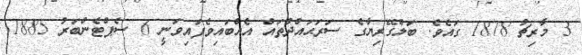
3 މާރިޗު 1878 ގައެވެ. ބަލްގޭރިޔާގެ ސަރަޙައްދުތައް އެއްބައިވެފައިވަނީ 6 ސެޕްޓެންބަރު 1885